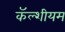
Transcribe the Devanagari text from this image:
कॅल्शीयम